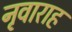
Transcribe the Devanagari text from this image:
नृवाराह